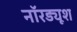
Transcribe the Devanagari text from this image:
नॉरड्यूश